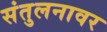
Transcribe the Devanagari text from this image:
संतुलनावर